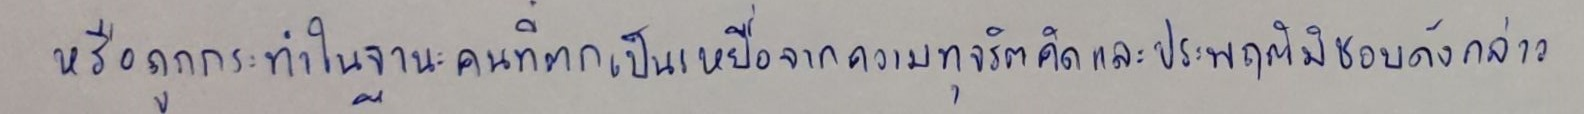
หรือถูกกระทำในฐานะคนที่ตกเป็นเหยื่อจากความทุจริตคิดและประพฤติมิชอบดังกล่าว